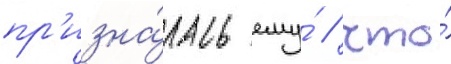
пр'изна́лась ему́ / что́